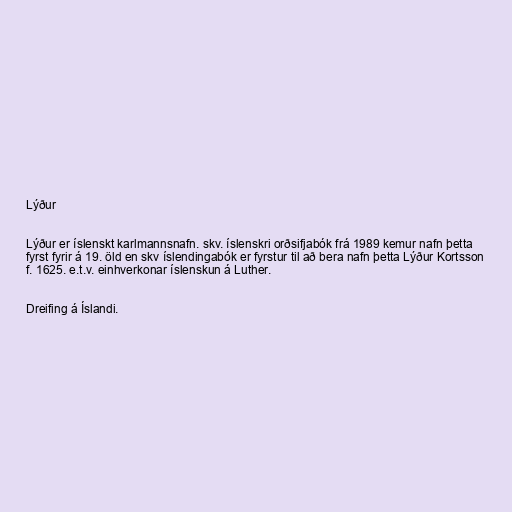
Lýður

Lýður er íslenskt karlmannsnafn. skv. íslenskri orðsifjabók frá 1989 kemur nafn þetta
fyrst fyrir á 19. öld en skv íslendingabók er fyrstur til að bera nafn þetta Lýður Kortsson
f. 1625. e.t.v. einhverkonar íslenskun á Luther.

Dreifing á Íslandi.